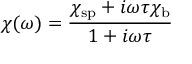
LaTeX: \chi ( \omega ) = { \frac { \chi _ { \mathrm { s p } } + i \omega \tau \chi _ { \mathrm { b } } } { 1 + i \omega \tau } }